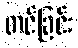
တင်ခြင်း